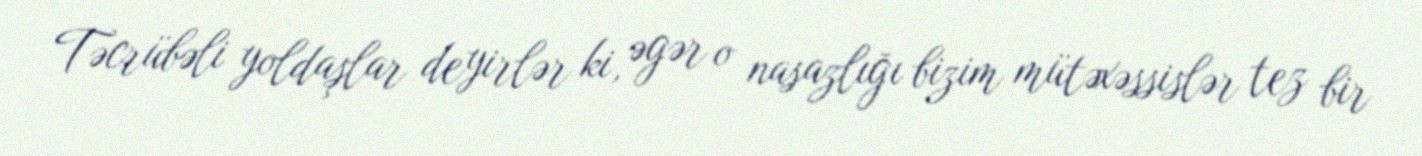
Təcrübəli yoldaşlar deyirlər ki, əgər o nasazlığı bizim mütəxəssislər tez bir